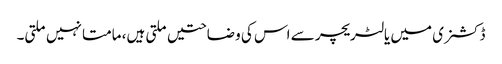
ڈکشنری میں یا لٹریچر سے اس کی وضاحتیں ملتی ہیں، مامتا نہیں ملتی۔